Report on the working of the mental hospitals for Indians in Bihar and Orissa - 1925-1929
Year: 1925
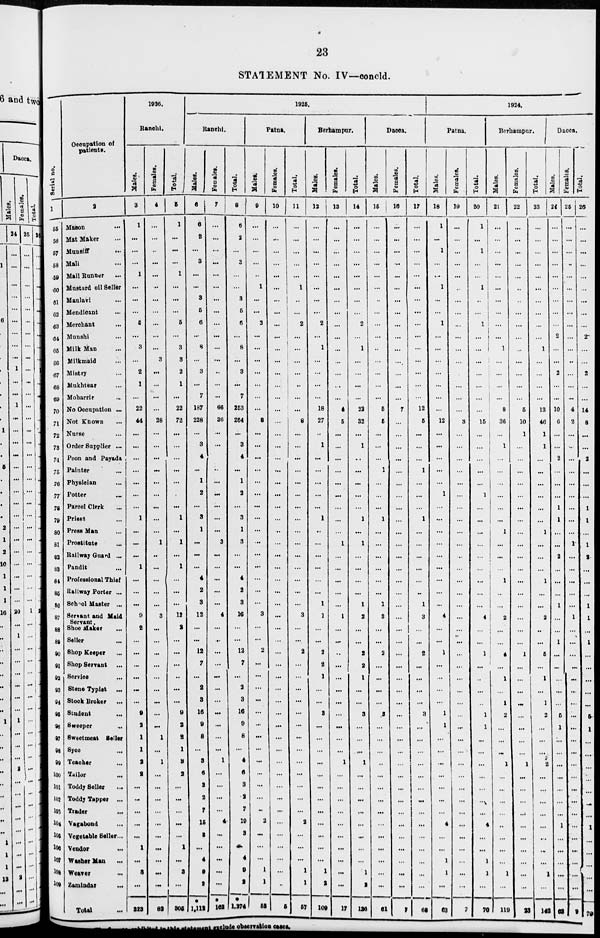
23
STATEMENT No. IV—concld.
Serial no.
1
55
56
57
58
59
60
61
62
63
64
65
66
67
68
69
70
71
72
73
74
75
76
77
78
79
80
81
82
83
84
85
86
87
88
89
90
91
92
93
94
95
96
97
98
99
100
101
102
103
104
105
106
107
108
109
Occupation of
patients.
2
Mason ...
Mat Maker ...
Munsiff ...
Mali ...
Mail Runner ...
Mustard oil Seller
Maulavi ...
Mendicant ...
Merchant ...
Manshi ...
Milk Man ...
Milkmaid ...
Mistry ...
Mukhtear ...
Moharrir ...
No Occupation ...
Not Known ...
Nurse ...
Order Supplier ...
Peon and Payada
Painter ...
Physician ...
Potter ...
Parcel Clerk ...
Priest ...
Press Man ...
Prostitute ...
Railway Guard ...
Pandit ...
Professional Thief
Railway Porter ...
School Master ...
Servant and Maid
Servant.
Shoe Maker ...
Seller ...
Shop Keeper ...
Shop Servant ...
Service ...
Steno Typist
...
Stock Broker ...
Student ...
Sweeper ...
Sweetmeat Seller
Syce ...
Teacher ...
Tailor ...
Toddy Seller ...
Toddy Tapper ...
Trader ...
Vagabond ...
Vegetable Seller...
Vendor
...
Washer Man ...
Weaver ...
Zamindar
...
Total ...
1926.
Ranchi.
Males.
3
1
...
...
...
1
...
...
...
5
...
3
...
2
1
...
22
44
...
...
...
...
...
...
...
1
...
...
...
1
...
...
...
9
2
...
...
...
...
...
...
9
2
1
1
2
2
...
...
...
...
...
1
...
3
...
223
Females.
4
...
...
...
...
...
...
...
...
...
...
...
3
...
...
...
...
28
...
...
...
...
...
...
...
...
...
1
...
...
...
...
...
3
...
...
....
...
...
...
...
...
...
1
...
1
...
...
...
...
...
...
...
...
...
...
82
Total.
5
1
...
...
...
1
...
...
...
5
...
3
3
2
1
...
22
72
...
...
...
...
...
...
...
1
...
1
...
1
...
...
...
12
2
...
...
...
...
...
...
9
2
2
1
3
2
...
...
...
...
...
1
...
3
...
305
1925.
Ranchi.
Males.
6
6
2
...
3
...
...
3
5
6
...
8
...
3
...
7
187
228
...
3
4
...
1
2
...
3
1
...
...
...
4
2
3
12
...
...
12
7
...
2
3
16
9
8
...
3
6
3
2
7
15
3
...
4
9
2
*
1,112
Females.
7
...
...
...
...
...
...
...
...
...
...
...
...
...
...
...
66
36
...
...
...
...
...
...
...
...
...
3
...
...
...
...
...
4
...
...
...
...
...
...
...
...
...
...
...
1
...
...
...
...
4
...
...
...
...
...
*
162
Total.
8
6
2
...
3
...
...
3
5
6
...
8
...
3
...
7
253
264
...
3
4
...
1
2
...
3
1
3
...
...
4
2
3
16
...
...
12
7
...
2
3
16
9
8
...
4
6
3
2
7
19
3
...
4
9
2
*
1,274
Patna.
Males.
9
...
...
...
...
...
1
...
...
2
...
...
...
...
...
...
...
8
...
...
...
...
...
...
...
...
...
...
...
...
...
...
...
3
...
...
2
...
...
...
...
...
...
...
...
...
...
...
...
...
2
...
...
...
1
1
52
Females.
10
...
...
...
...
...
...
...
...
...
...
...
...
...
...
...
...
...
...
...
...
...
...
...
...
...
...
...
...
...
...
...
...
...
...
...
...
...
...
...
...
...
...
...
...
...
...
...
...
...
...
...
...
...
...
...
5
Total.
11
...
...
...
...
...
1
...
...
2
...
...
...
...
...
...
...
8
...
...
...
...
...
...
...
...
...
...
...
...
...
...
...
3
...
...
2
...
...
...
...
...
...
...
...
...
...
...
...
...
2
...
...
...
1
1
57
Berhampur.
Males.
12
...
...
...
...
...
...
...
...
2
...
1
...
...
...
...
18
27
...
1
...
...
...
...
...
1
...
...
...
...
...
...
1
1
...
...
2
2
1
...
...
3
...
...
...
...
...
...
...
...
...
...
...
...
1
2
109
Females.
13
...
...
...
...
...
...
...
...
...
...
...
...
...
...
...
4
5
...
...
...
...
...
...
...
...
...
1
...
...
...
...
...
1
...
...
...
...
...
...
...
...
...
...
...
1
...
...
...
...
...
...
...
...
...
...
17
Total.
14
...
...
...
...
...
...
...
...
2
...
1
...
...
...
...
22
32
...
1
...
...
...
...
...
1
...
1
...
...
...
...
1
2
...
...
2
2
1
...
...
3
...
...
...
1
...
...
...
...
...
...
...
...
1
2
126
Dacca.
Males.
15
...
...
...
...
...
...
...
...
...
...
...
...
...
...
...
5
5
...
...
...
1
...
...
...
1
...
...
...
...
...
...
1
3
...
...
2
...
...
...
...
3
...
...
...
...
...
...
...
...
...
...
...
...
...
...
61
Females.
16
...
...
...
...
...
...
...
...
...
...
...
...
...
...
...
7
...
...
...
...
...
...
...
...
...
...
...
...
...
...
...
...
...
...
...
...
...
...
...
...
...
...
...
...
...
...
...
...
...
...
...
...
...
...
...
7
Total.
17
...
...
...
...
...
...
...
...
...
...
...
...
...
...
...
12
5
...
...
...
1
...
...
...
1
...
...
...
...
...
...
1
3
...
...
2
...
...
...
...
3
...
...
...
...
...
...
...
...
...
...
...
...
...
...
68
1924.
Patna.
Males.
18
1
...
1
...
...
1
...
...
1
...
...
...
...
...
...
...
12
...
...
...
...
...
1
...
...
...
...
...
...
...
...
...
4
...
...
1
...
...
...
...
1
1
...
...
...
...
...
...
...
4
...
...
1
1
...
63
Females.
19
...
...
...
...
...
...
...
...
...
...
...
...
...
...
...
...
3
...
...
...
...
...
...
...
...
...
...
...
...
...
...
...
...
...
...
...
...
...
...
...
...
...
...
...
...
...
...
...
...
...
...
...
...
...
...
7
Total.
20
1
...
1
...
...
1
...
...
1
...
...
...
...
...
...
...
15
...
...
...
...
...
1
...
...
...
...
...
...
...
...
...
4
...
...
1
...
...
...
...
1
1
...
...
...
...
...
...
...
4
...
...
1
1
...
70
Berhampur.
Males.
21
...
...
...
...
...
...
...
...
...
...
1
...
...
...
...
8
36
...
1
...
...
...
...
...
...
1
...
...
...
1
...
...
2
...
...
4
...
1
...
1
2
...
...
...
1
...
...
...
...
...
...
...
...
1
...
119
Females.
22
...
...
...
...
...
...
...
...
...
...
..
...
...
...
...
5
10
1
...
...
...
...
...
...
...
...
...
...
...
...
...
...
...
...
...
1
...
...
...
...
...
...
...
...
1
...
...
...
...
...
...
...
...
...
...
23
Total.
23
...
...
...
...
...
...
...
...
...
...
1
...
...
...
...
13
46
1
1
...
...
...
...
...
...
1
...
...
...
1
...
...
2
...
...
5
...
1
...
1
2
...
...
...
2
...
...
...
...
...
...
...
...
1
...
142
Dacca.
Males.
24
...
...
...
...
...
...
...
...
...
2
...
...
2
...
...
10
6
...
...
2
...
...
...
1
1
...
...
2
...
...
...
1
...
...
1
...
...
...
...
...
5
1
...
...
...
...
...
...
...
1
...
...
...
...
...
63
Females.
25
...
...
...
...
...
...
...
...
...
...
...
...
...
...
...
4
2
...
...
...
...
...
...
...
...
...
1
...
...
...
...
...
1
...
...
...
...
...
...
...
...
...
...
...
...
...
...
...
...
...
...
...
...
...
...
7
Total.
26
...
...
...
...
...
...
...
...
...
2
...
...
2
...
...
14
8
...
...
2
...
...
...
1
1
...
1
2
...
...
...
1
1
...
1
...
...
...
...
...
5
1
...
...
...
...
...
...
...
1
...
...
...
...
...
70
exhibited i n this s t a t e me n t excl ude observation cases.